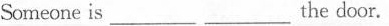
Someone is ___ the door.